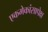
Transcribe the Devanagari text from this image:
एकमेकांसापेक्ष